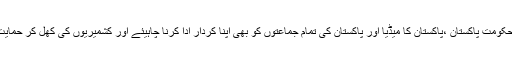
موجودہ حالات میں حکومت پاکستان ،پاکستان کا میڈیا اور پاکستان کی تمام جماعتوں کو بھی اپنا کردار ادا کرنا چاہیئے اور کشمیریوں کی کھل کر حمایت کی جانی چاہیئے ۔